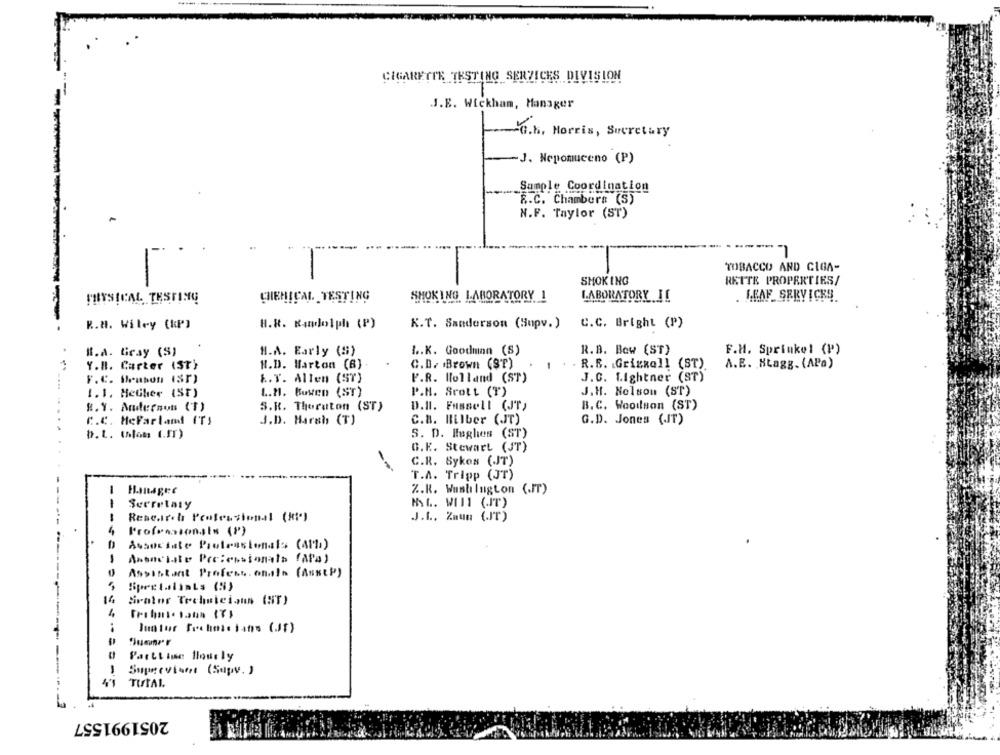
. .
CIGARETTE TESTING SERVICES DIVISION
J.E. Wickham, Manager
-a.h. Morris, Secretary
-J. Nepomuceno (P)
Sample Coordination
R.C. Chambers (S)
N.F. Taylor (ST)
TOBACCO AND CIGA-
-
SMOKING
RETTE PROPERTIES/
PHYSICAL TESTING
CHEMICAL TESTING
SMOKING LABORATORY 1
LABORATORY IT
. LEAF SERVICES
R.a. Wiley (kP)
H.R. Randolph (P)
K.T. Sanderson (Supv.)
C.C. Bright (P)
Il.A. Giray (S)
H.A. Early (S)
L.K. Goodman (S)
R.B. Bow (ST)
F.M. Sprinkel (P)
Y.B. Carter (ST)
H.D. Harton (6)
C.D. Brown (ST)
R.S. Grizzall (ST)
A.E. HLagg. (APa)
F.R. Holland (ST)
J.C. Lightner (ST)
F.C. Habon 1Sr)
&.T. Allen (ST)
1. 1. Hether (SE)
L.M. Bowen (ST)
P.H. Scott (T)
J.H. Nelson (ST)
8. V. Anderson (T)
S.R. Thoraton (ST)
D.Il. Fussell (JJT)
B. C. Woodson (ST)
C.C. Mcfarland IT)
J.D. Harsh (T)
C.B. Hilber (IT)
G.D. Jones (IT)
b.t. (los (.IT)
S. D. Hughes (ST)
G.K. Stewart (JT)
C.R. Sykes (JT)
T.A. Tripp (JT)
1
Z.K. Wuntilngton (.IT)
1
Secretary
NYL. WIII (IT)
-
Research Professional (Hi*)
J.L. Zaun (JT)
Professionals (8)
Associate Piotrasionais (417)
1
Associate Professionals (APA)
Assistant Profess. onale (ABstP)
Spretarlinks (S)
16
Srator Technicions (NT)
4
Tribal- Dann (7)
..
Parttime Hlouely
1
Supervisort (Supv. )
4'1
TUTAL
2051991557